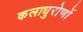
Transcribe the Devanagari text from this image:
कलाधुरोणों